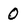
Character: 0